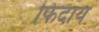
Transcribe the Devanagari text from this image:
फिदाय